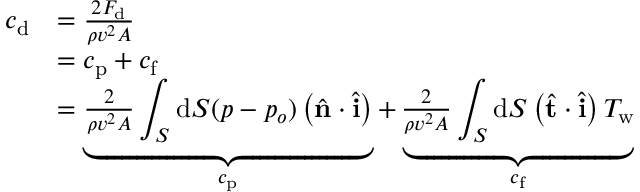
{ \begin{array} { r l } { c _ { \mathrm { d } } } & { = { \frac { 2 F _ { \mathrm { d } } } { \rho v ^ { 2 } A } } } \\ & { = c _ { \mathrm { p } } + c _ { \mathrm { f } } } \\ & { = \underbrace { { \frac { 2 } { \rho v ^ { 2 } A } } \displaystyle \int _ { S } \mathrm { d } S ( p - p _ { o } ) \left( { \hat { \mathbf { n } } } \cdot { \hat { \mathbf { i } } } \right) } _ { c _ { \mathrm { p } } } + \underbrace { { \frac { 2 } { \rho v ^ { 2 } A } } \displaystyle \int _ { S } \mathrm { d } S \left( { \hat { \mathbf { t } } } \cdot { \hat { \mathbf { i } } } \right) T _ { \mathrm { { w } } } } _ { c _ { \mathrm { f } } } } \end{array} }